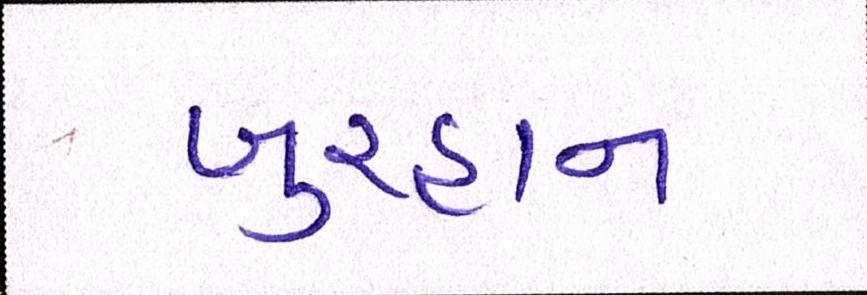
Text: બુરહાન